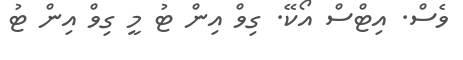
ވެސް. އިޓްސް އޯކޭ. ގިވް އިން ޓު މީ ގިވް އިން ޓު